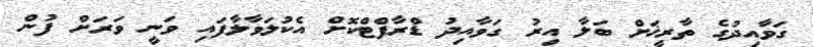
ގަވާއިދުގެ ތާރީޚަށް ބަލާ އިރު ގަވާއިދު ޑްރާފްޓްކޮށް އެކުލަވާލާފައި ވަނީ ވަރަށް ފުން